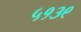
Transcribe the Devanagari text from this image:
५१३९